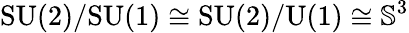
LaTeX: \mathrm{SU(2)/SU(1)}\cong\mathrm{SU(2)/U(1)}\cong{\mathbb S}^{3}